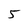
Character: 5